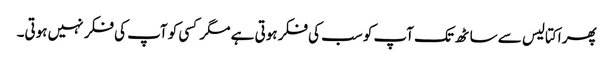
پھر اکتالیس سے ساٹھ تک آپ کو سب کی فکر ہوتی ہے مگر کسی کو آپ کی فکر نہیں ہوتی۔